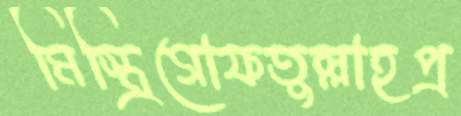
মিস্ত্রিগোফতুল্লাহপ্র